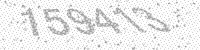
Solution: 159413